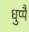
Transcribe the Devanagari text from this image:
धुप्पै